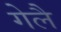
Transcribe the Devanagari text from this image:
गेलै